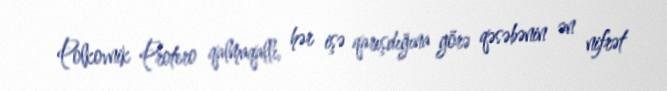
Polkovnik Protero qalmaqallı, hər işə qarışdığına görə qəsəbənin ən nifrət